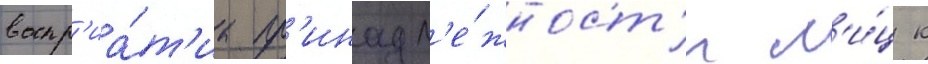
воспр'иа́т'иа пр'инадл'е́жност'и л'и́ц к